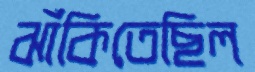
ঝাঁকিতেছিল